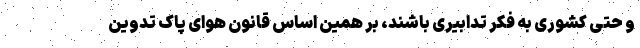
و حتی کشوری به فکر تدابیری باشند، بر همین اساس قانون هوای پاک تدوین